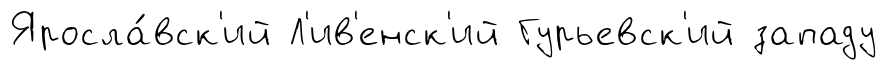
Яросла́вск'ий Л'ив'енск'ий Гурьевск'ий западу